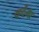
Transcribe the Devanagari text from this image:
व्हर्देमा